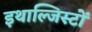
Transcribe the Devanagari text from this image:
इथाल्जिस्टों